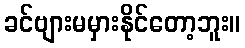
ခင်ဗျားမမှားနိုင်တော့ဘူး။